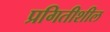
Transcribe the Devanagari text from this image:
प्रगितीशील